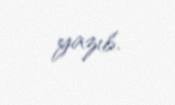
yazıb.